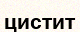
цистит